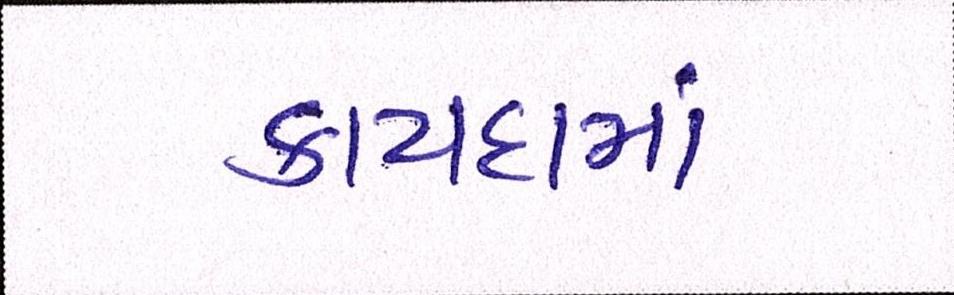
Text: કાયદામાં